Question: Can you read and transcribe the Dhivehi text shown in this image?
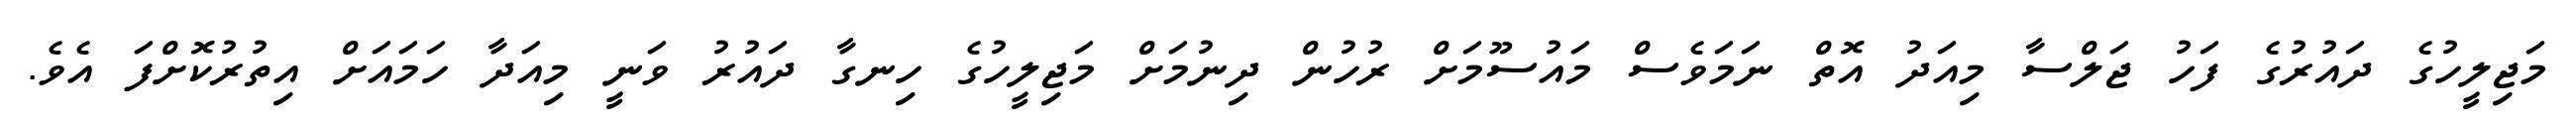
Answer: މަޖިލީހުގެ ދައުރުގެ ފަހު ޖަލްސާ މިއަދު އޮތް ނަމަވެސް މައުސޫމަށް ރުހުން ދިނުމަށް މަޖިލީހުގެ ހިނގާ ދައުރު ވަނީ މިއަދާ ހަމައަށް އިތުރުކޮށްފަ އެވެ.